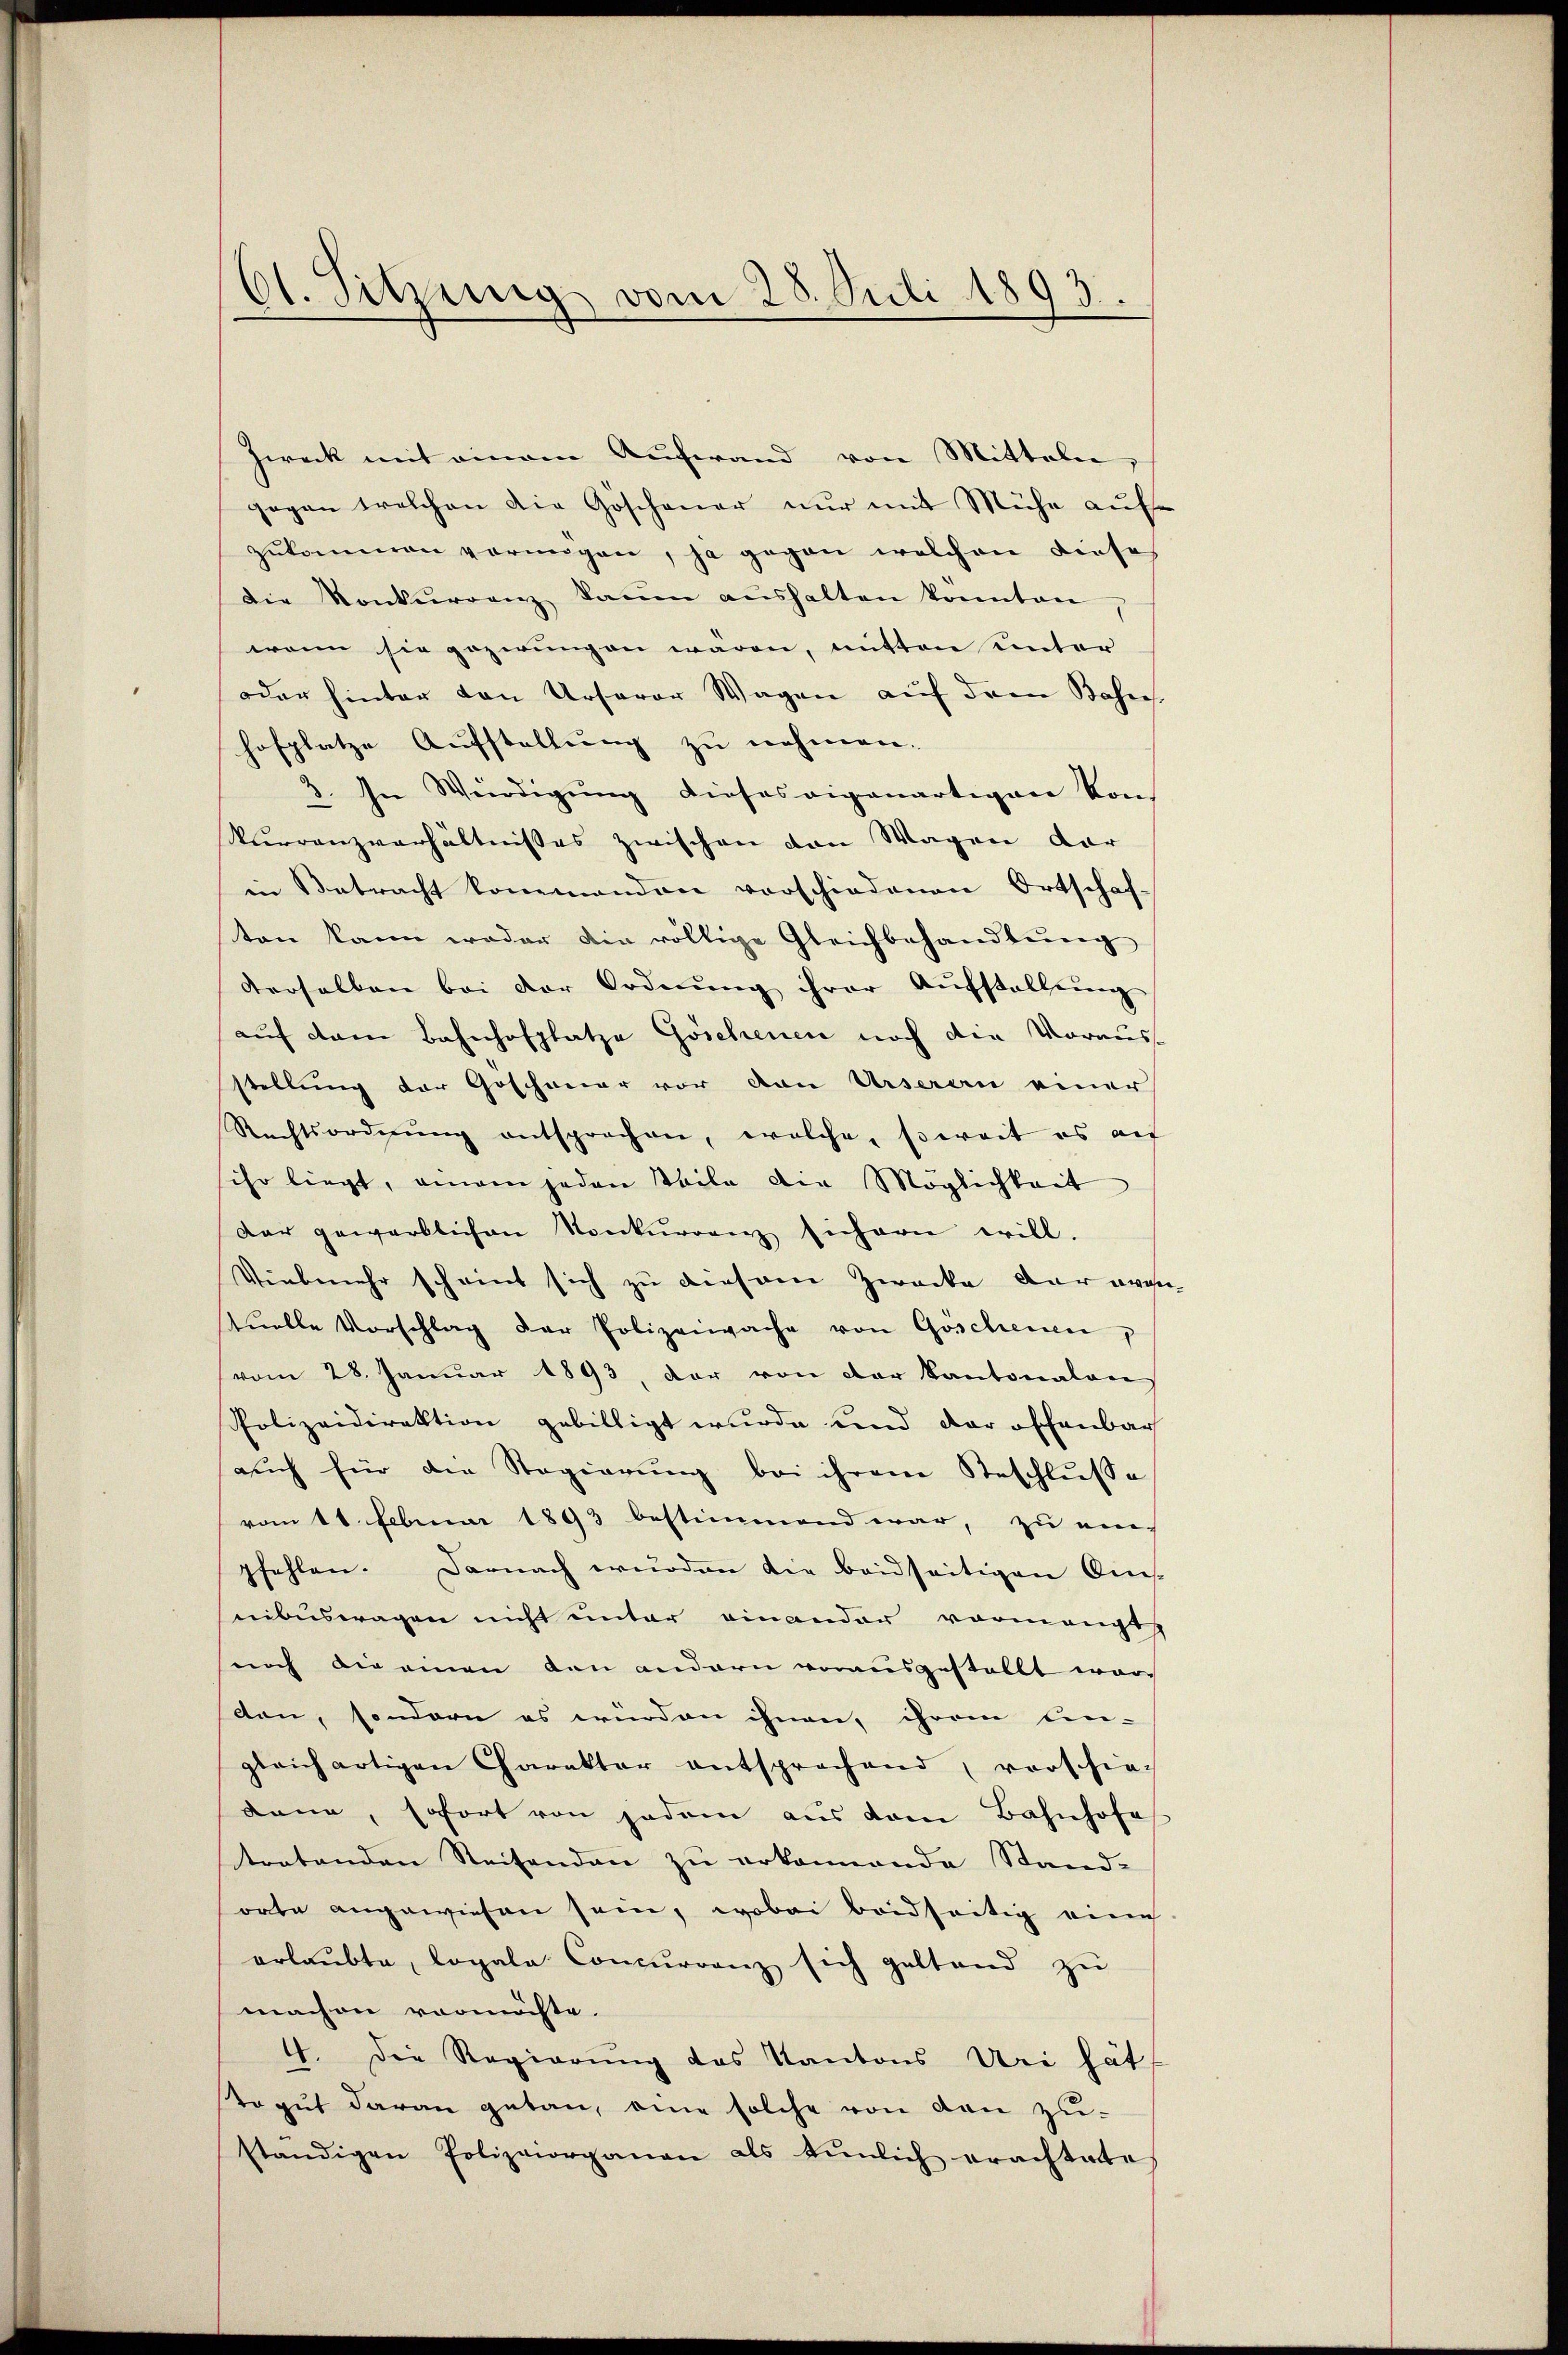
Ct. Sitzung vom 28. Juli 1893.

Zweck mit einem Aufwand von Mitteln,
gegen welchen die Geschauer nur mit Mühe aufe
zŭkommen vornigen, ja gegen welchen diese
die Konkurrenz kaum aŭshalten konnten
wenn sie gozirungen wären, mitten unter
oder hinter von Ursoror Wagen auf dem Bahn
hofplatze Aufstellung zu nehmen.
3. In Würdigung dieses eigenartigen von
kurrenzverhältnisses zwischen von Wagen dar
in Betracht kommenden vorschiedenen Ortschaf-
ten kann weder die völlige Gleichbehandlung
derselben bei der Ordnŭng ihrer Aŭfstellŭng
auf dem Bahnhofplatze Göschenen noch die Vorausstellung der Geschauer vor von Urseran einer
Rechtsordnŭng entsprechen, welche, soweit es auf
ihr liegt, einem jeden Teile die Möglichkeit
dar gewarblichen Konkurrenz sichern will.
Vielmehr scheint sich zu diesem Zwecke der avan-
tuelle Vorschlag der Polizeiwache von Goschenen
vom 28. Januar 1893, der von der Kantonalen
Polizeidirektion gebilligt wurde und der offenbar
aŭch für die Regierŭng bei ihrem Beschlŭsse
vom 11. Februar 1893 bestimmend war, zu eipfehlen. Darnach würden die beidseitigen Dies-
nibuswagen nicht unter einander vormangt,
noch die einen den andern vorausgestellt wortten, sondern es würden ihnen, ihrem Cen-
gleich artigen Charakter entsprochend, verschie-
kann, sofort von jedem aus dem Bahnhofe
tratenden Reisenden zu erkannende Stand-
orte angewiesen sein, wobei beidseitig eine
erlaubte, lopala Concurrenz sich geltend zu
machen vermöchte.
4. Die Regierung des Kantons Uri hät
stogut daran getan, eine solche von den zuständigen Polizeiorganen als tunlich erachtete